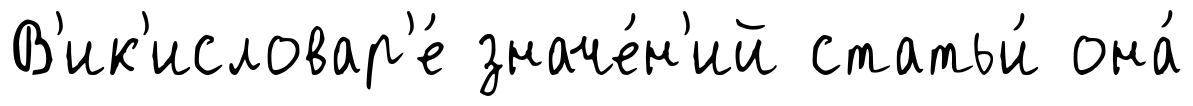
В'ик'исловар'е́ значе́н'ий статьи́ она́